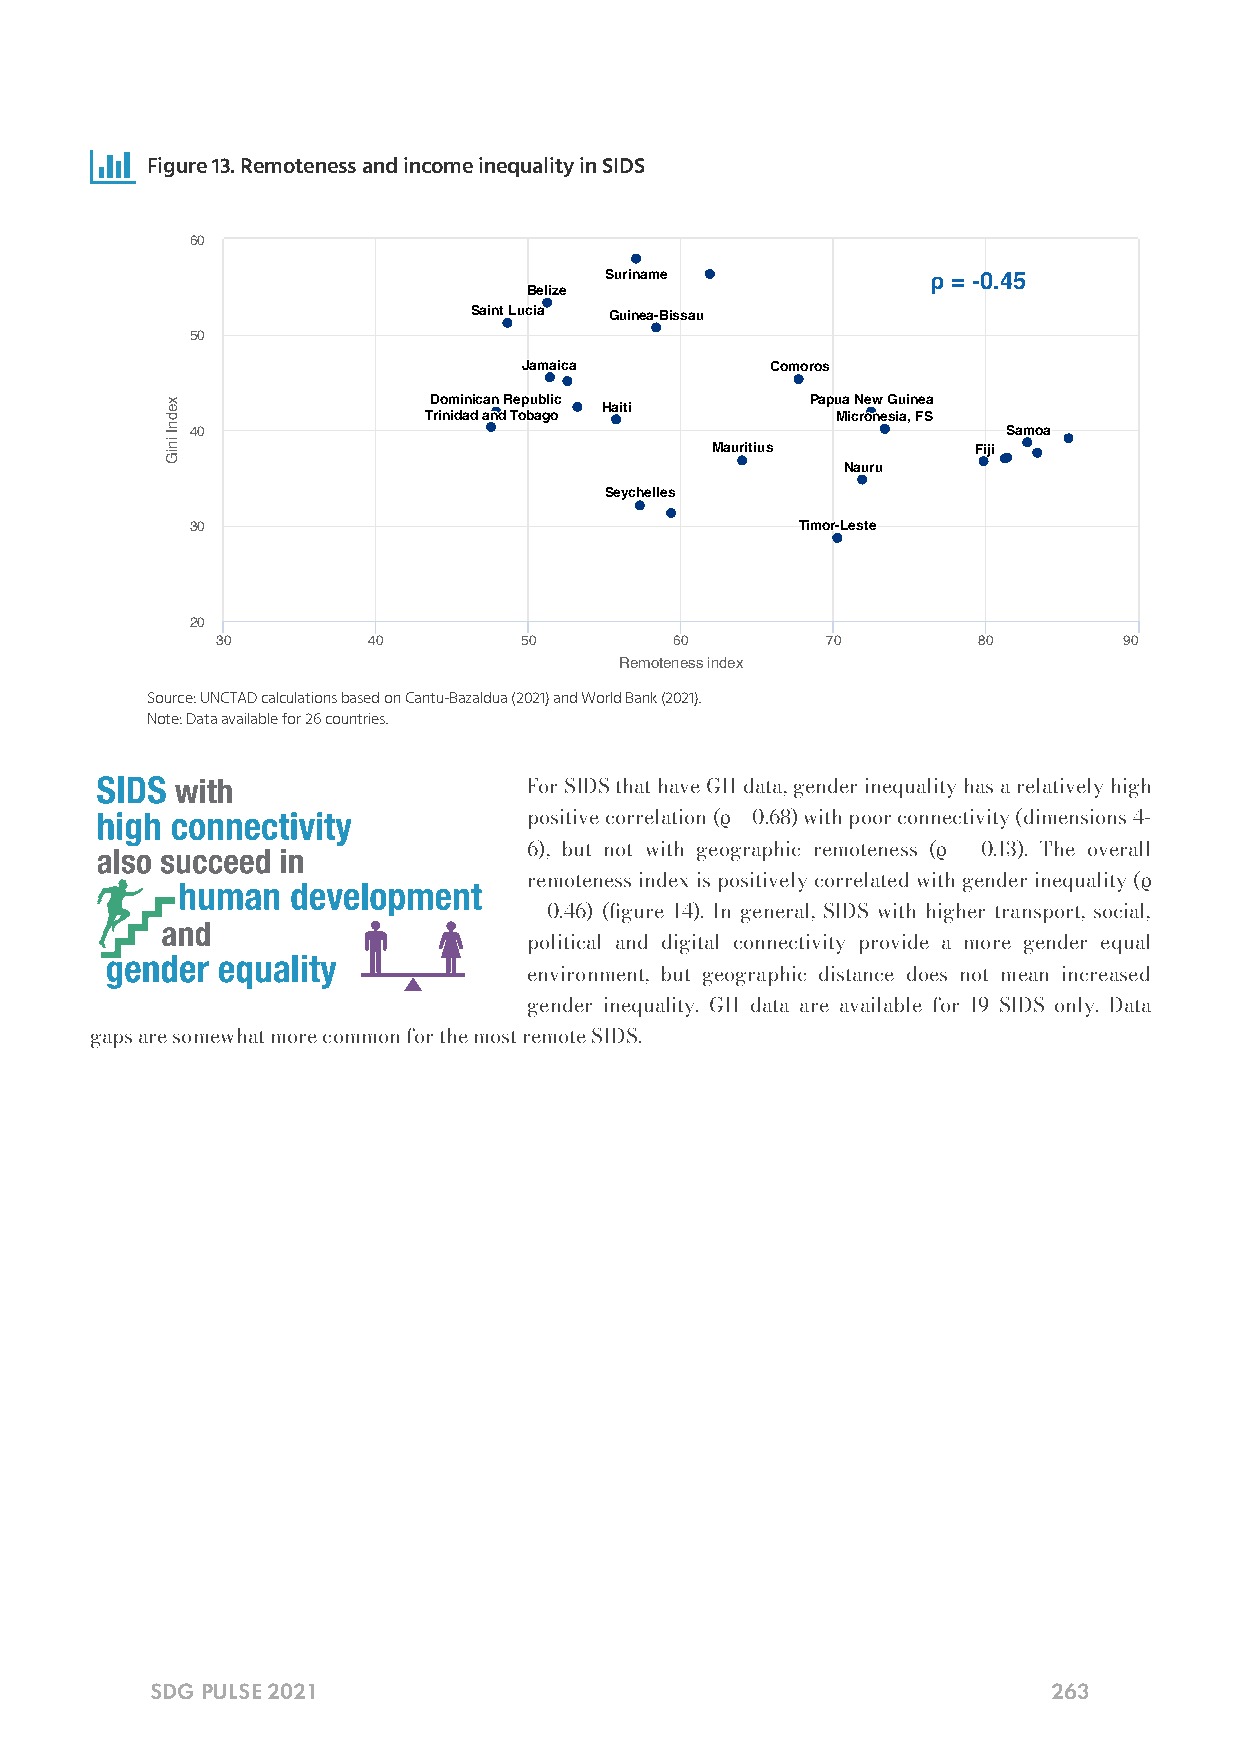

 Figure 13. Remoteness and income inequality in SIDS
 60
 SSSuuurrriiinnnaaammmeee ρ = -0.45
 BBBeeellliiizzzeee
 SSSaaaiiinnnttt LLLuuuccciiiaaa GGGuuuiiinnneeeaaa---BBBiiissssssaaauuu
 50
 JJJaaammmaaaiiicccaaa CCCooommmooorrrooosss
 DDDooommmiiinnniiicccaaannn RRReeepppuuubbbllliiiccc PPPaaapppuuuaaa NNNeeewww GGGuuuiiinnneeeaaa HHHaaaiiitttiii
 TTTrrriiinnniiidddaaaddd aaannnddd TTTooobbbaaagggooo MMMiiicccrrrooonnneeesssiiiaaa,,, FFFSSS
 40                                                    SSSaaammmoooaaa
 MMMaaauuurrriiitttiiiuuusss FFFiiijjjiii
 NNNaaauuurrruuu
 SSSeeeyyyccchhheeelllllleeesss
 30                                      TTTiiimmmooorrr---LLLeeesssttteee
 20
 30        40        50         60        70        80       90
 Remoteness index
 Source: UNCTAD calculations based on Cantu-Bazaldua (2021) and World Bank (2021).
 Note: Data available for 26 countries.
 For SIDS that have GII data, gender inequality has a relatively high
 positive correlation (ρ = 0.68) with poor connectivity (dimensions 4-
 6), but not with geographic remoteness (ρ = 0.13). The overall
 remoteness index is positively correlated with gender inequality (ρ
 = 0.46) (gure 14). In general, SIDS with higher transport, social,
 political and digital connectivity provide a more gender equal
 environment, but geographic distance does not mean increased
 gender inequality. GII data are available for 19 SIDS only. Data
 gaps are somewhat more common for the most remote SIDS.
 SDG PULSE 2021                                              263
 xednI
 iniG